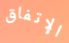
الإتفاق